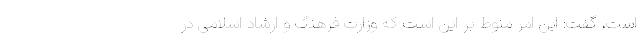
است، گفت: این امر منوط بر این است که وزارت فرهنگ و ارشاد اسلامی در